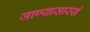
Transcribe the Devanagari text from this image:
जाण्यासारखे